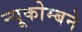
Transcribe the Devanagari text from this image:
न्यूकोम्बने